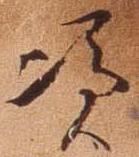
憑